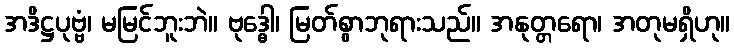
အဒိဋ္ဌပုဗ္ဗံ၊ မမြင်ဘူးဘဲ။ ဗုဒ္ဓေါ၊ မြတ်စွာဘုရားသည်။ အနုတ္တရော၊ အတုမရှိဟု။